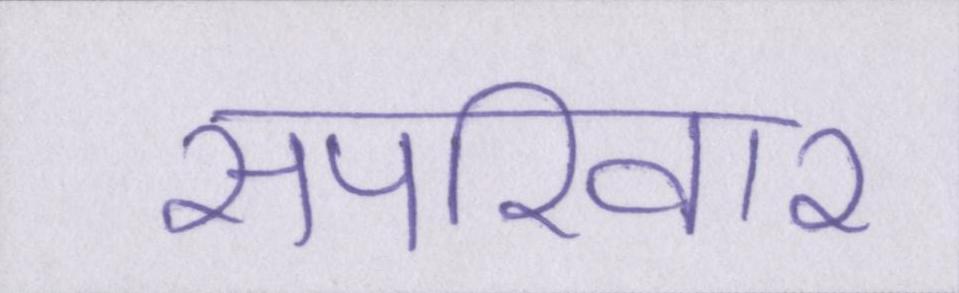
सपरिवार